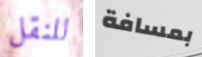
للنقل بمسافة